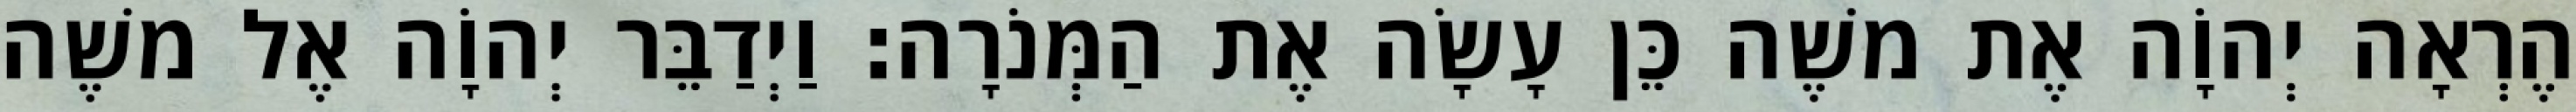
הֶרְאָה יְהוָֹה אֶת משֶׁה כֵּן עָשָׂה אֶת הַמְּנֹרָה׃ וַיְדַבֵּר יְהוָֹה אֶל משֶׁה